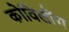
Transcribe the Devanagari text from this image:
कोविलोंग